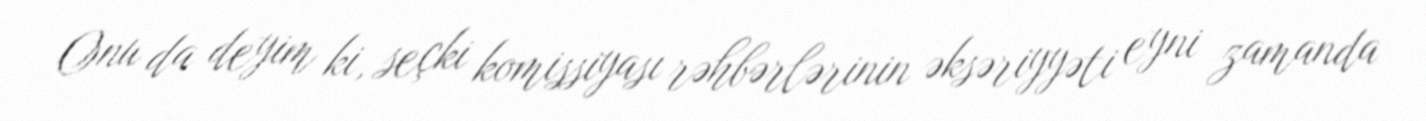
Onu da deyim ki, seçki komissiyası rəhbərlərinin əksəriyyəti eyni zamanda